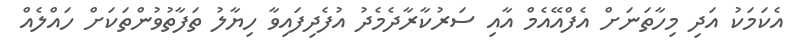
އެކަމަކު އަދި މިހާތަނަށް އެފްއޭއެމް އާއި ސަރުކާރާދެމެދު އުފެދިފައިވާ ހިޔާލު ތަފާތުވުންތަކަށް ހައްލެއް